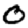
Digit: 0